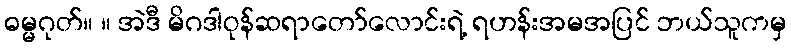
ဓမ္မဂုတ်။ ။ အဲဒီ မိဂဒါဝုန်ဆရာတော်လောင်းရဲ့ ရဟန်းအမအပြင် ဘယ်သူကမှ